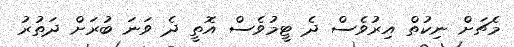
މެޗަށް ނިކުތް އިރުވެސް ދެ ޓީމުވެސް އޮތީ ދެ ވަނަ ބުރަށް ދަތުރު